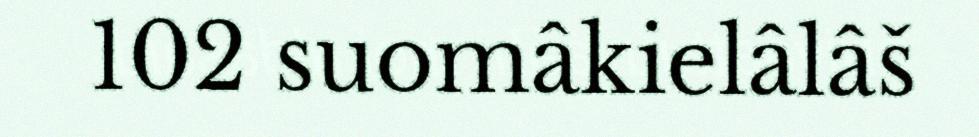
102 suomâkielâlâš